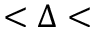
< \Delta <